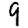
Digit: 9